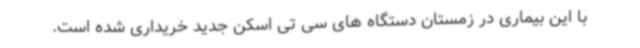
با این بیماری در زمستان دستگاه های سی تی اسکن جدید خریداری شده است.